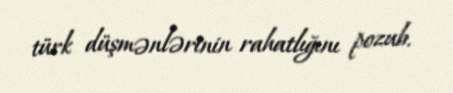
türk düşmənlərinin rahatlığını pozub.